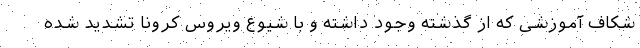
شکاف آموزشی که از گذشته وجود داشته و با شیوع ویروس کرونا تشدید شده